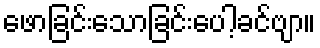
ဖောခြင်းသောခြင်းပေါ့ခင်ဗျာ။